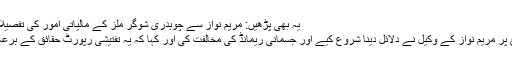
یہ بھی پڑھیں: مریم نواز سے چوہدری شوگر ملز کے مالیاتی امور کی تفصیلات طلب
اس موقع پر مریم نواز کے وکیل نے دلائل دینا شروع کیے اور جسمانی ریمانڈ کی مخالفت کی اور کہا کہ یہ تفتیشی رپورٹ حقائق کے برعکس ہے۔